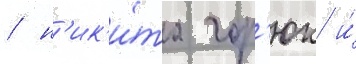
/ н'ик'и́та гор'юк и́